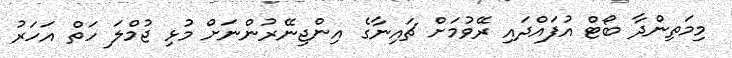
މިމަތިންދާ ބޯޓް އުފައްދައި ރޭވުމަށް ޗައިނާގެ އިންޖިނޭރުންނަށް މުޅި ޖުމްލަ ހަތް އަހަރު